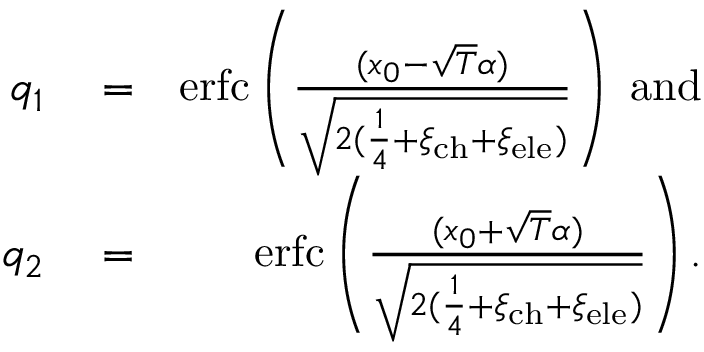
\begin{array} { r l r } { q _ { 1 } } & { { } = } & { \mathrm { e r f c } \left( \frac { ( x _ { 0 } - \sqrt { T } \alpha ) } { \sqrt { 2 ( \frac { 1 } { 4 } + \xi _ { \mathrm { c h } } + \xi _ { \mathrm { e l e } } ) } } \right) \ \mathrm { { a n d } } } \\ { q _ { 2 } } & { { } = } & { \mathrm { e r f c } \left( \frac { ( x _ { 0 } + \sqrt { T } \alpha ) } { \sqrt { 2 ( \frac { 1 } { 4 } + \xi _ { \mathrm { c h } } + \xi _ { \mathrm { e l e } } ) } } \right) . } \end{array}